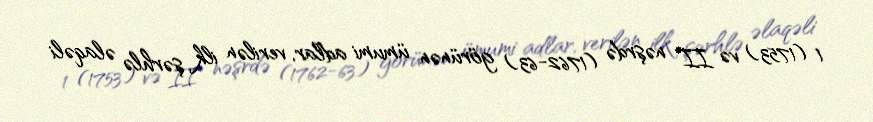
1 (1753) və II nəşrdə (1762-63) görünən ümumi adlar, verilən ilk şərhlə əlaqəli